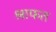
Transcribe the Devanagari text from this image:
श्राफत